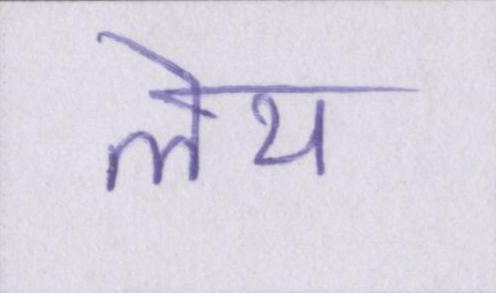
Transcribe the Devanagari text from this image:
लेय